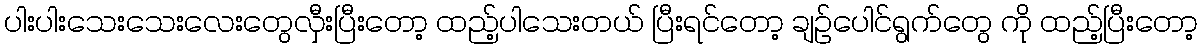
ပါးပါးသေးသေးလေးတွေလှီးပြီးတော့ ထည့်ပါသေးတယ် ပြီးရင်တော့ ချဉ်ပေါင်ရွက်တွေ ကို ထည့်ပြီးတော့